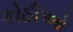
કોઠીઓ